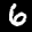
Label: 6